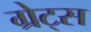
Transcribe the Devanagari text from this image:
ग्रेट्स